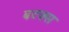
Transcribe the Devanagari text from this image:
बटक्स